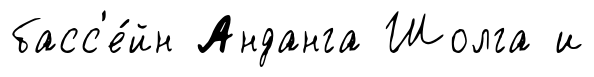
басс'е́йн Анданга Шолга и